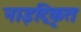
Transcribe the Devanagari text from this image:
नाइट्रिकृत